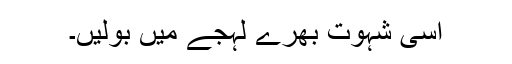
اسی شہوت بھرے لہجے میں بولیں۔